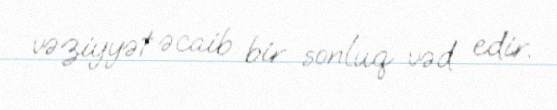
vəziyyət əcaib bir sonluq vəd edir.